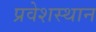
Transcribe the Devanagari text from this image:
प्रवेशस्थान